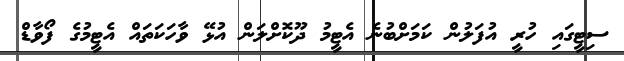
ސިޓީގައި ހުރީ އުފަލުން ކަމަށްބުނެ އެޓީމު ދޫކޮށްލަން އުޅޭ ވާހަކަތައް އެޓީމުގެ ފޯވާޑް